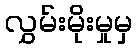
လွှမ်းမိုးမှုမှ